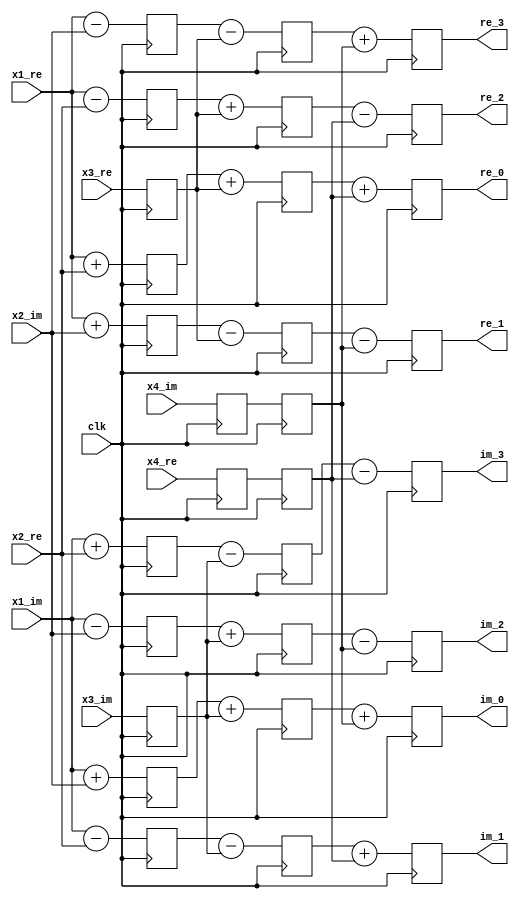
`timescale 1ns / 1ps
//////////////////////////////////////////////////////////////////////////////////
// Company: 
// Engineer: 
// 
// Design Name: 
// Module Name:    complexAddRadix_4 
// Project Name: 
// Target Devices: 
// Tool versions: 
// Description: 
//
// Dependencies: 
//
// Revision: 
// Revision 0.01 - File Created
// Additional Comments: 
//
//////////////////////////////////////////////////////////////////////////////////
module complexAddRadix_4(
								 input 				clk,
								 input 	[15:0]	x1_re,
								 input 	[15:0]	x1_im,
								 input 	[15:0]	x2_re,
								 input 	[15:0]	x2_im,
								 input 	[15:0]	x3_re,
								 input 	[15:0]	x3_im,
								 input 	[15:0]	x4_re,
								 input 	[15:0]	x4_im,
								 output 	[15:0]	re_0,
								 output 	[15:0]	im_0,
								 output 	[15:0]	re_1,
								 output 	[15:0]	im_1,
								 output 	[15:0]	re_2,
								 output 	[15:0]	im_2,
								 output 	[15:0]	re_3,
								 output 	[15:0]	im_3
								 );
								 									
								/** First Add output**/
								reg[18:0] add_re_reg_0 = 19'd0;
								reg[18:0] add_im_reg_0 = 19'd0;
								
								reg[18:0] add_re_reg_1 = 19'd0;
								reg[18:0] add_im_reg_1 = 19'd0;
								
								reg[18:0] add_re_reg_2 = 19'd0;
								reg[18:0] add_im_reg_2 = 19'd0;
								
								reg[18:0] add_re_reg_3 = 19'd0;
								reg[18:0] add_im_reg_3 = 19'd0;
								/**end**/
	
								/** Second Add output**/
								reg[18:0] add_re_reg1_0 = 19'd0;
								reg[18:0] add_im_reg1_0 = 19'd0;
								
								reg[18:0] add_re_reg1_1 = 19'd0;
								reg[18:0] add_im_reg1_1 = 19'd0;
								
								reg[18:0] add_re_reg1_2 = 19'd0;
								reg[18:0] add_im_reg1_2 = 19'd0;
								
								reg[18:0] add_re_reg1_3 = 19'd0;
								reg[18:0] add_im_reg1_3 = 19'd0;
								/**end**/
		
								/** Third Add output **/
								reg[18:0] add_re_reg2_0 = 19'd0;
								reg[18:0] add_im_reg2_0 = 19'd0;
								
								reg[18:0] add_re_reg2_1 = 19'd0;
								reg[18:0] add_im_reg2_1 = 19'd0;
								
								reg[18:0] add_re_reg2_2 = 19'd0;
								reg[18:0] add_im_reg2_2 = 19'd0;
								
								reg[18:0] add_re_reg2_3 = 19'd0;
								reg[18:0] add_im_reg2_3 = 19'd0;
								/**end**/
										
										
								/** data standardize**/
								reg[15:0] x3_re_reg = 19'd0;
								reg[15:0] x3_im_reg = 19'd0;
								reg[15:0] x4_re_reg = 19'd0;
								reg[15:0] x4_im_reg = 19'd0;
								reg[15:0] x4_re_reg1 = 19'd0;
								reg[15:0] x4_im_reg1 = 19'd0;
								/**end**/
								
								
						always @(posedge clk)//  delay
						begin
							x3_re_reg <= x3_re;
							x3_im_reg <= x3_im;
							
							x4_re_reg1 <= x4_re;
							x4_im_reg1 <= x4_im;
						end
						
						always @(posedge clk)
						begin
							x4_re_reg <= x4_re_reg1;
							x4_im_reg <= x4_im_reg1;
						end
						
						
						always @(posedge clk)// first add
						begin
							add_re_reg_0 <= {{3{x1_re[15]}},x1_re} + {{3{x2_re[15]}},x2_re};
							add_im_reg_0 <= {{3{x1_im[15]}},x1_im} + {{3{x2_im[15]}},x2_im};
							
							add_re_reg_1 <= {{3{x1_re[15]}},x1_re} + {{3{x2_im[15]}},x2_im};
							add_im_reg_1 <= {{3{x1_im[15]}},x1_im} - {{3{x2_re[15]}},x2_re};
							
							add_re_reg_2 <= {{3{x1_re[15]}},x1_re} - {{3{x2_re[15]}},x2_re};
							add_im_reg_2 <= {{3{x1_im[15]}},x1_im} - {{3{x2_im[15]}},x2_im};
							
							add_re_reg_3 <= {{3{x1_re[15]}},x1_re} - {{3{x2_im[15]}},x2_im};
							add_im_reg_3 <= {{3{x1_im[15]}},x1_im} + {{3{x2_re[15]}},x2_re};		
						end
						
						always @(posedge clk)//second add
						begin
							add_re_reg1_0 <= add_re_reg_0 + {{3{x3_re_reg[15]}},x3_re_reg};
							add_im_reg1_0 <= add_im_reg_0 + {{3{x3_im_reg[15]}},x3_im_reg};
							
							add_re_reg1_1 <= add_re_reg_1 - {{3{x3_re_reg[15]}},x3_re_reg};
							add_im_reg1_1 <= add_im_reg_1 - {{3{x3_im_reg[15]}},x3_im_reg};
							
							add_re_reg1_2 <= add_re_reg_2 + {{3{x3_re_reg[15]}},x3_re_reg};
							add_im_reg1_2 <= add_im_reg_2 + {{3{x3_im_reg[15]}},x3_im_reg};
							
							add_re_reg1_3 <= add_re_reg_3 - {{3{x3_re_reg[15]}},x3_re_reg};
							add_im_reg1_3 <= add_im_reg_3 - {{3{x3_im_reg[15]}},x3_im_reg};
						end
						
						always @(posedge clk)//third add
						begin
							add_re_reg2_0 <= add_re_reg1_0 + {{3{x4_re_reg[15]}},x4_re_reg};
							add_im_reg2_0 <= add_im_reg1_0 + {{3{x4_im_reg[15]}},x4_im_reg};
							
							add_re_reg2_1 <= add_re_reg1_1 - {{3{x4_im_reg[15]}},x4_im_reg};
							add_im_reg2_1 <= add_im_reg1_1 + {{3{x4_re_reg[15]}},x4_re_reg};
							
							add_re_reg2_2 <= add_re_reg1_2 - {{3{x4_re_reg[15]}},x4_re_reg};
							add_im_reg2_2 <= add_im_reg1_2 - {{3{x4_im_reg[15]}},x4_im_reg};
							
							add_re_reg2_3 <= add_re_reg1_3 + {{3{x4_im_reg[15]}},x4_im_reg};
							add_im_reg2_3 <= add_im_reg1_3 - {{3{x4_re_reg[15]}},x4_re_reg};
						end
						
						assign re_0 = add_re_reg2_0[15:0];
						assign im_0 = add_im_reg2_0[15:0];
						assign re_1 = add_re_reg2_1[15:0];
						assign im_1 = add_im_reg2_1[15:0];
						assign re_2 = add_re_reg2_2[15:0];
						assign im_2 = add_im_reg2_2[15:0];
						assign re_3 = add_re_reg2_3[15:0];
						assign im_3 = add_im_reg2_3[15:0];
						

	 


endmodule